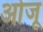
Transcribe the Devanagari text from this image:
ओजू